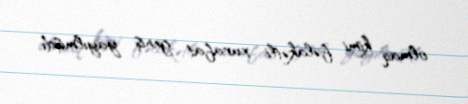
olmaq kimi fəlakətli xurafat geniş yayılmışdı.